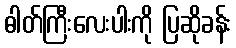
ဓါတ်ကြီးလေးပါးကို ပြဆိုခန်း